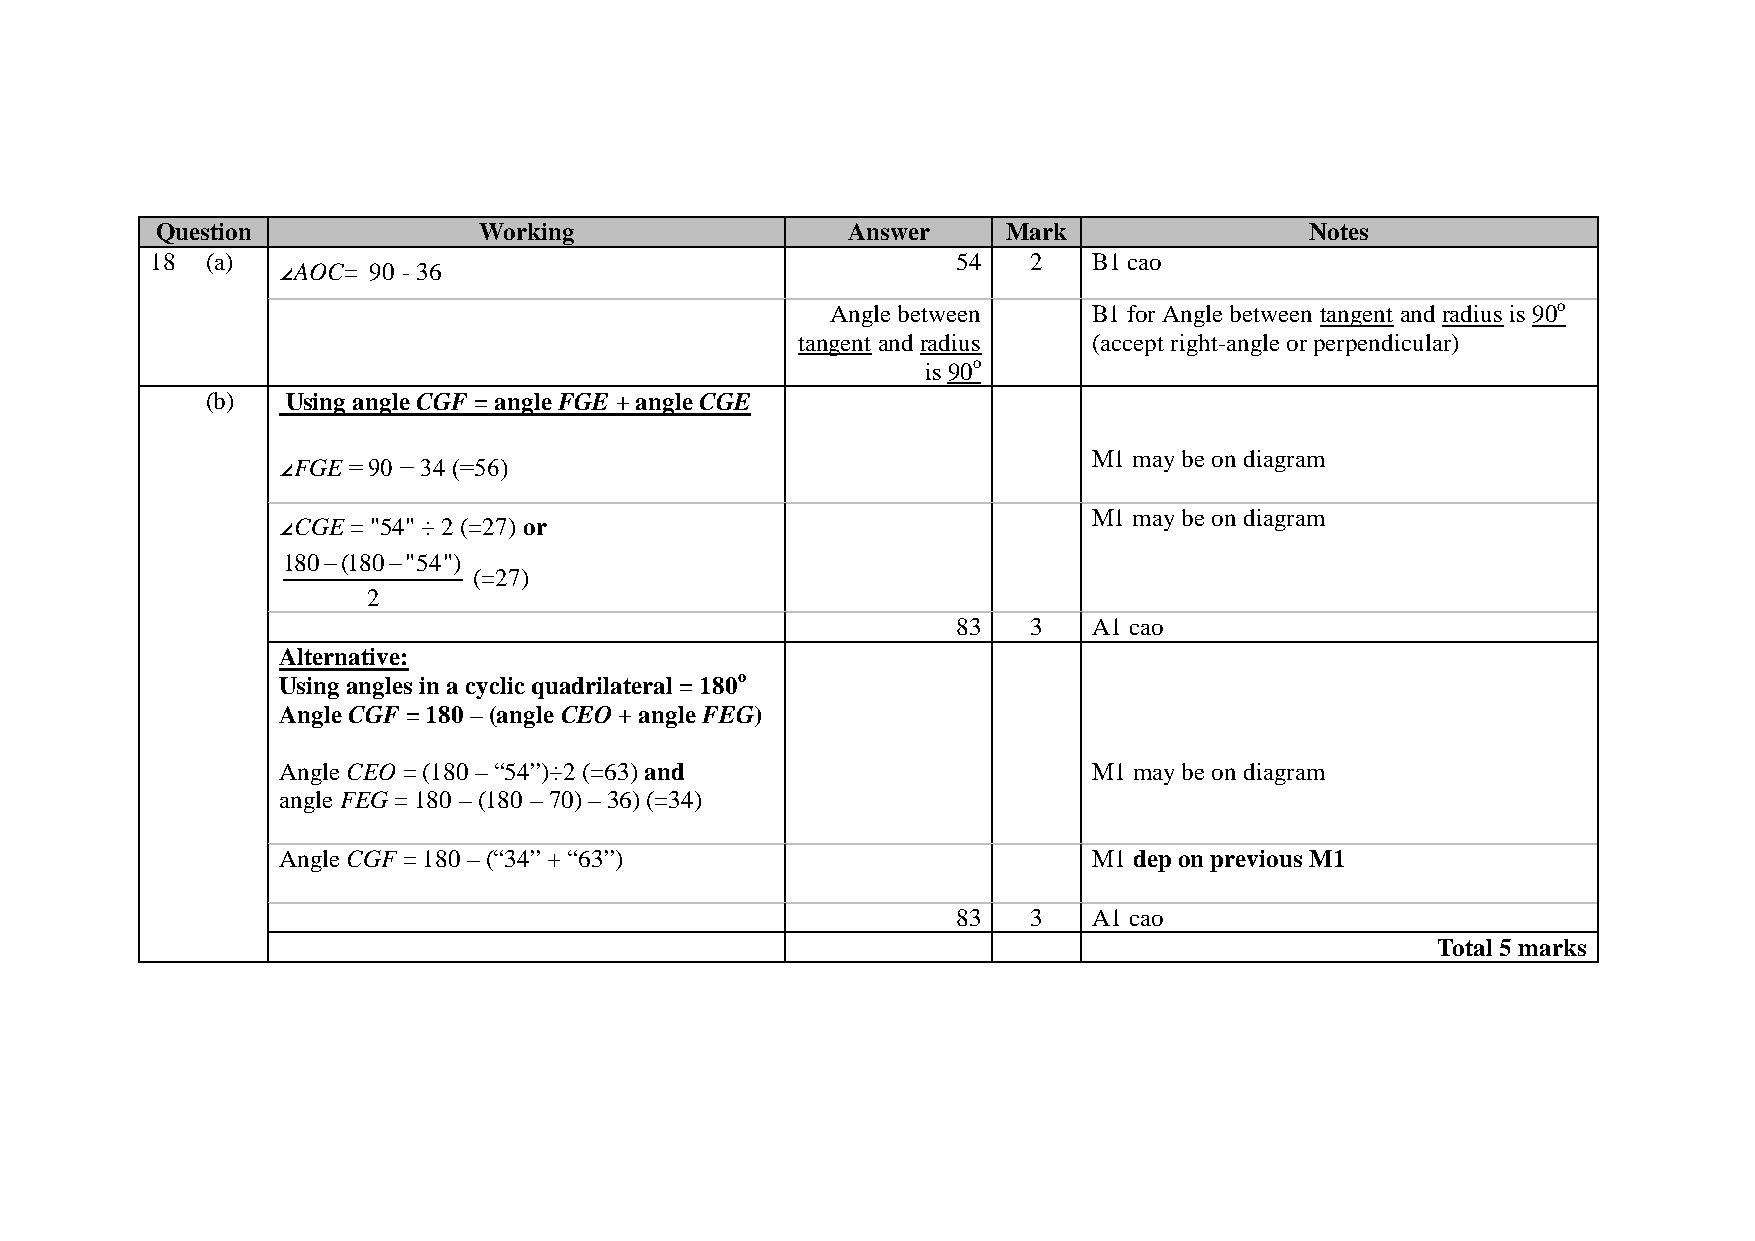
Question              Working                 Answer     Mark                Notes
 18  (a)                                              54   2   B1 cao
 ∠AOC=  90 - 36
 Angle between    B1 for Angle between tangent and radius is 90o
 tangent and radius (accept right-angle or perpendicular)
 is 90o
 (b)  Using angle CGF = angle FGE + angle CGE
 M1 may be on diagram
 ∠FGE = 90 − 34 (=56)
 M1 may be on diagram
 ∠CGE = "54" ÷ 2 (=27) or
 180−(180−"54")
 (=27)
 2
 83   3   A1 cao
 Alternative:
 Using angles in a cyclic quadrilateral = 180o
 Angle CGF = 180 – (angle CEO + angle FEG)
 Angle CEO = (180 – “54”)÷2 (=63) and                  M1 may be on diagram
 angle FEG = 180 – (180 – 70) – 36) (=34)
 Angle CGF = 180 – (“34” + “63”)                       M1 dep on previous M1
 83   3   A1 cao
 Total 5 marks